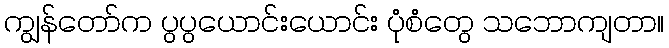
ကျွန်တော်က ပွပွယောင်းယောင်း ပုံစံတွေ သဘောကျတာ။